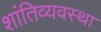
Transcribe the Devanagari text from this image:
शांतिव्यवस्था